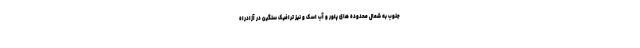
جنوب به شمال محدوده های پلور و آب اسک و نیز ترافیک سنگین در آزادراه